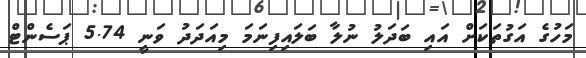
މަހުގެ އަގުތަކަށް އައި ބަދަލު ނުލާ ބަލައިފިނަމަ މިއަދަދު ވަނީ 5.74 ޕަސެންޓް